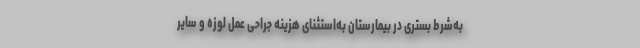
به‌شرط بستری در بیمارستان به‌استثنای هزینه جراحی عمل لوزه و سایر